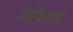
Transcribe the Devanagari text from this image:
अविशाई